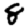
Digit: 8